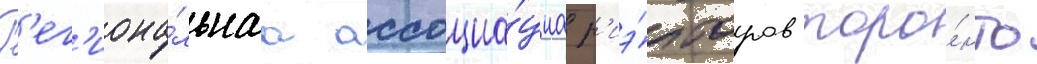
Р'ег'иона́льнаа ассоциа́циа р'иэ́лторов торо́нто